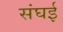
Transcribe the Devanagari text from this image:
संघई